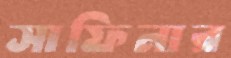
সাফিনার